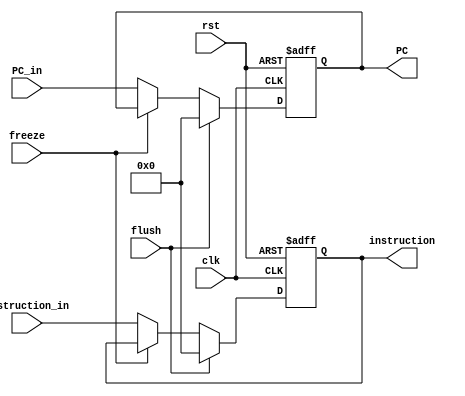
module IF_ID_reg (
  input clk,
	input rst,
	input freeze,
	input flush,
  input [31:0] PC_in,
	input [31:0] instruction_in,
	
  output reg [31:0] PC,
	output reg [31:0] instruction
);
  always @(posedge clk, posedge rst) begin
		if (rst)
			PC <= 32'd0;
    else if(flush)
    	PC <= 32'd0;
		else if(~freeze)
			PC <= PC_in;
	end
  always @(posedge clk, posedge rst) begin
		if (rst)
			instruction <= 32'd0;
    else if(flush)
    	instruction <= 32'd0;
		else if(~freeze)
			instruction <= instruction_in;
	end
endmodule